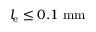
l _ { \mathrm { e } } \le 0 . 1 \ \mathrm { m m }